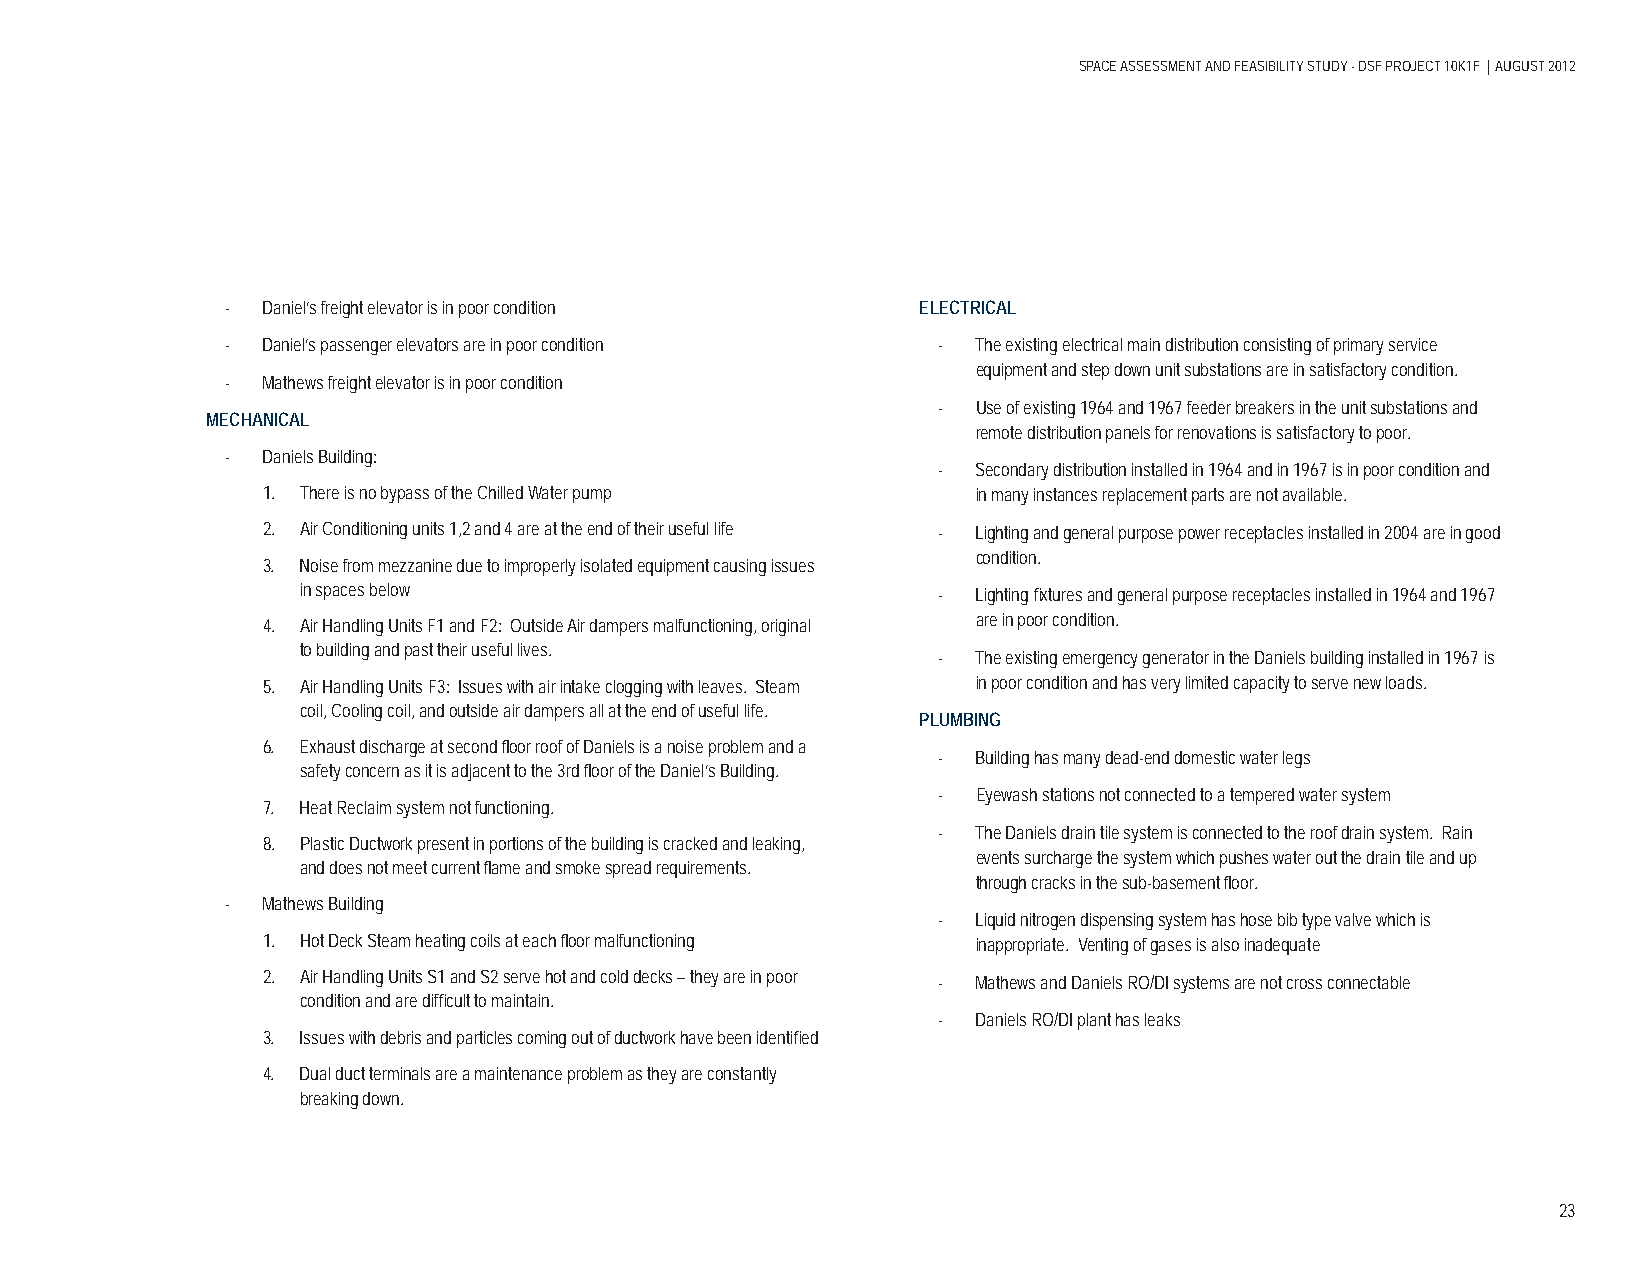
SPACE ASSESSMENT AND FEASIBILITY STUDY - DSF PROJECT 10K1F | AUGUST 2012
 - Daniel’s freight elevator is in poor condition ELECTRICAL
 - Daniel’s passenger elevators are in poor condition - The existing electrical main distribution consisting of primary service
 equipment and step down unit substations are in satisfactory condition.
 - Mathews freight elevator is in poor condition
 -  Use of existing 1964 and 1967 feeder breakers in the unit substations and
 MECHANICAL
 remote distribution panels for renovations is satisfactory to poor.
 - Daniels Building:
 -  Secondary distribution installed in 1964 and in 1967 is in poor condition and
 1. There is no bypass of the Chilled Water pump in many instances replacement parts are not available.
 2. Air Conditioning units 1,2 and 4 are at the end of their useful life - Lighting and general purpose power receptacles installed in 2004 are in good
 condition.
 3. Noise from mezzanine due to improperly isolated equipment causing issues
 in spaces below                           -  Lighting fi xtures and general purpose receptacles installed in 1964 and 1967
 4. Air Handling Units F1 and F2: Outside Air dampers malfunctioning, original are in poor condition.
 to building and past their useful lives.
 -  The existing emergency generator in the Daniels building installed in 1967 is
 5. Air Handling Units F3: Issues with air intake clogging with leaves. Steam in poor condition and has very limited capacity to serve new loads.
 coil, Cooling coil, and outside air dampers all at the end of useful life.
 PLUMBING
 6. Exhaust discharge at second fl oor roof of Daniels is a noise problem and a
 -  Building has many dead-end domestic water legs
 safety concern as it is adjacent to the 3rd fl oor of the Daniel’s Building.
 -  Eyewash stations not connected to a tempered water system
 7. Heat Reclaim system not functioning.
 -  The Daniels drain tile system is connected to the roof drain system. Rain
 8. Plastic Ductwork present in portions of the building is cracked and leaking,
 events surcharge the system which pushes water out the drain tile and up
 and does not meet current fl ame and smoke spread requirements.
 through cracks in the sub-basement fl oor.
 - Mathews Building
 -  Liquid nitrogen dispensing system has hose bib type valve which is
 1. Hot Deck Steam heating coils at each fl oor malfunctioning inappropriate. Venting of gases is also inadequate
 2. Air Handling Units S1 and S2 serve hot and cold decks – they are in poor - Mathews and Daniels RO/DI systems are not cross connectable
 condition and are diffi cult to maintain.
 -  Daniels RO/DI plant has leaks
 3. Issues with debris and particles coming out of ductwork have been identifi ed
 4. Dual duct terminals are a maintenance problem as they are constantly
 breaking down.
 23